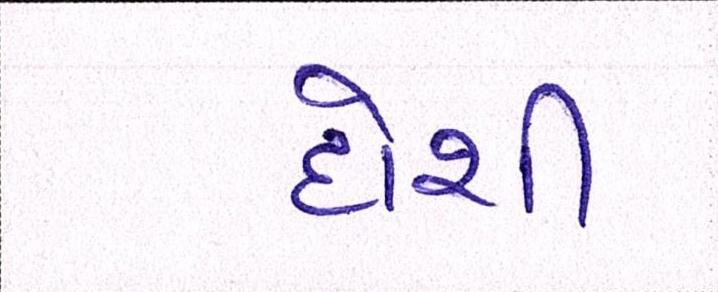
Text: દોશી